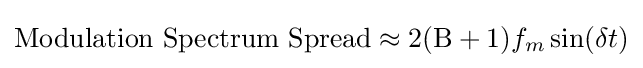
{\text{Modulation Spectrum Spread}}\approx 2(\mathrm {B} +1)f_{m}\sin(\delta t)